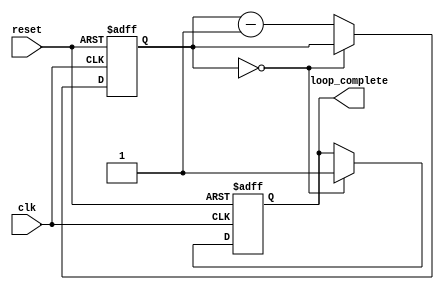
module decremental_for_loop (
    input clk,
    input reset,
    output reg loop_complete
);

reg [7:0] counter;

always @(posedge clk or posedge reset) begin
    if (reset) begin
        counter <= 8'hFF; // Initial value for the loop counter
        loop_complete <= 0;
    end else begin
        if (counter == 0) begin
            loop_complete <= 1;
        end else begin
            counter <= counter - 1; // Decrement operation
        end
    end
end

endmodule